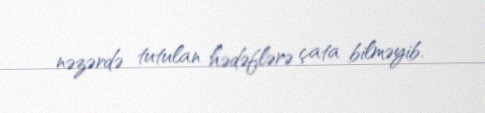
nəzərdə tutulan hədəflərə çata bilməyib.